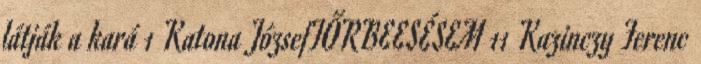
látják a kará 1 Katona JózsefTŐRBEESÉSEM 11 Kazinczy Ferenc